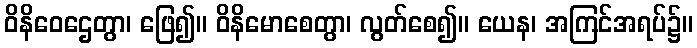
ဝိနိဝေဌေတွာ၊ ဖြေ၍။ ဝိနိမောစေတွာ၊ လွတ်စေ၍။ ယေန၊ အကြင်အရပ်၌။